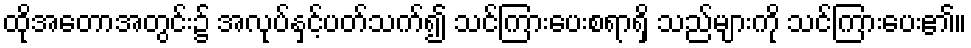
ထိုအတောအတွင်း၌ အလုပ်နှင့်ပတ်သက်၍ သင်ကြားပေးစရာရှိ သည်များကို သင်ကြားပေး၏။